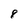
Character: 8